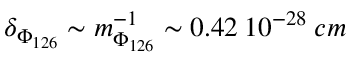
\delta _ { \Phi _ { 1 2 6 } } \sim m _ { \Phi _ { 1 2 6 } } ^ { - 1 } \sim 0 . 4 2 \: 1 0 ^ { - 2 8 } \: c m